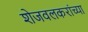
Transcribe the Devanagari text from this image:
शेजवलकरांच्या